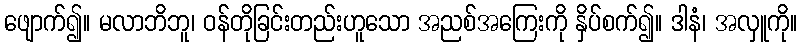
ဖျောက်၍။ မလာဘိဘူ၊ ဝန်တိုခြင်းတည်းဟူသော အညစ်အကြေးကို နှိပ်စက်၍။ ဒါနံ၊ အလှူကို။